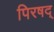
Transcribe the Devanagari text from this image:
पिरषद्